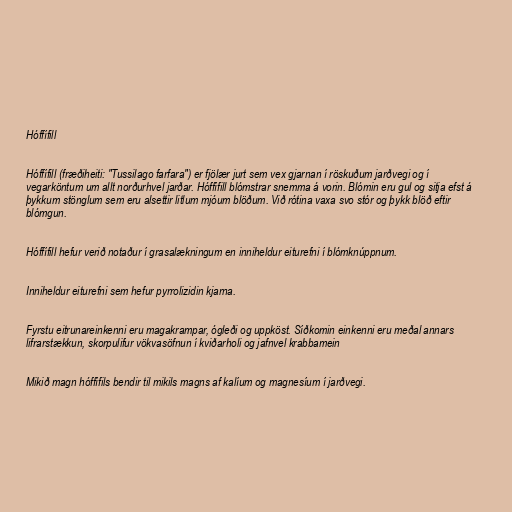
Hóffífill

Hóffífill (fræðiheiti: "Tussilago farfara") er fjölær jurt sem vex gjarnan í röskuðum jarðvegi og í
vegarköntum um allt norðurhvel jarðar. Hóffífill blómstrar snemma á vorin. Blómin eru gul og sitja efst á
þykkum stönglum sem eru alsettir litlum mjóum blöðum. Við rótina vaxa svo stór og þykk blöð eftir
blómgun.

Hóffífill hefur verið notaður í grasalækningum en inniheldur eiturefni í blómknúppnum.

Inniheldur eiturefni sem hefur pyrrolizidin kjarna.

Fyrstu eitrunareinkenni eru magakrampar, ógleði og uppköst. Síðkomin einkenni eru meðal annars
lifrarstækkun, skorpulifur vökvasöfnun í kviðarholi og jafnvel krabbamein

Mikið magn hóffífils bendir til mikils magns af kalíum og magnesíum í jarðvegi.